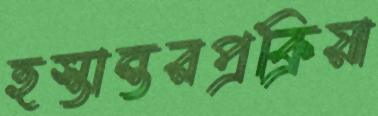
হস্তান্তরপ্রক্রিয়া